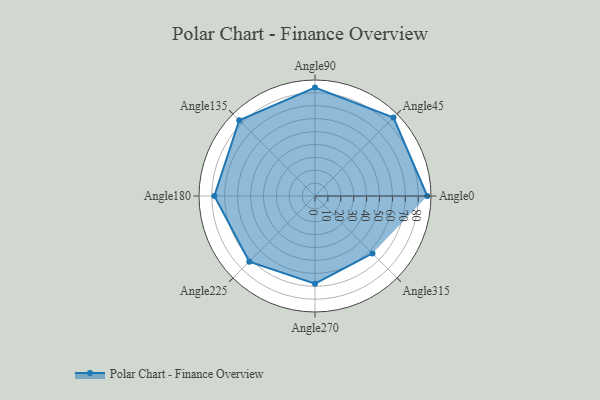
{"axis": {"x": "Angle", "y": "Radius"}, "legend": [""], "data": [{"x": "Angle0", "y": 87.0, "type": ""}, {"x": "Angle45", "y": 86.0, "type": ""}, {"x": "Angle90", "y": 84.0, "type": ""}, {"x": "Angle135", "y": 83.0, "type": ""}, {"x": "Angle180", "y": 78.0, "type": ""}, {"x": "Angle225", "y": 72.0, "type": ""}, {"x": "Angle270", "y": 68.0, "type": ""}, {"x": "Angle315", "y": 63.0, "type": ""}]}